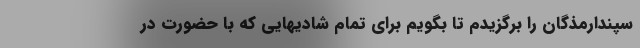
سپندارمذگان را برگزیدم تا بگویم برای تمام شادیهایی که با حضورت در